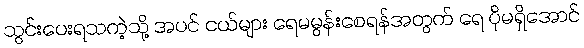
သွင်းပေးရသကဲ့သို့ အပင် ငယ်များ ရေမမွန်းစေရန်အတွက် ရေ ပိုမရှိအောင်